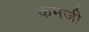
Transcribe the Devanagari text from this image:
कमजी